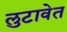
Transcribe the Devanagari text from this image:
लुटावेत